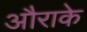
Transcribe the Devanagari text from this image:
औराके